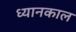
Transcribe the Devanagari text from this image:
ध्यानकाल